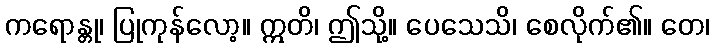
ကရောန္တု၊ ပြုကုန်လော့။ ဣတိ၊ ဤသို့။ ပေသေသိ၊ စေလိုက်၏။ တေ၊